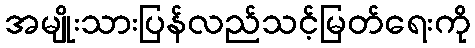
အမျိုးသားပြန်လည်သင့်မြတ်ရေးကို